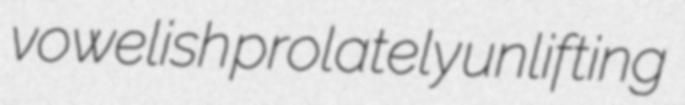
vowelish prolately unlifting